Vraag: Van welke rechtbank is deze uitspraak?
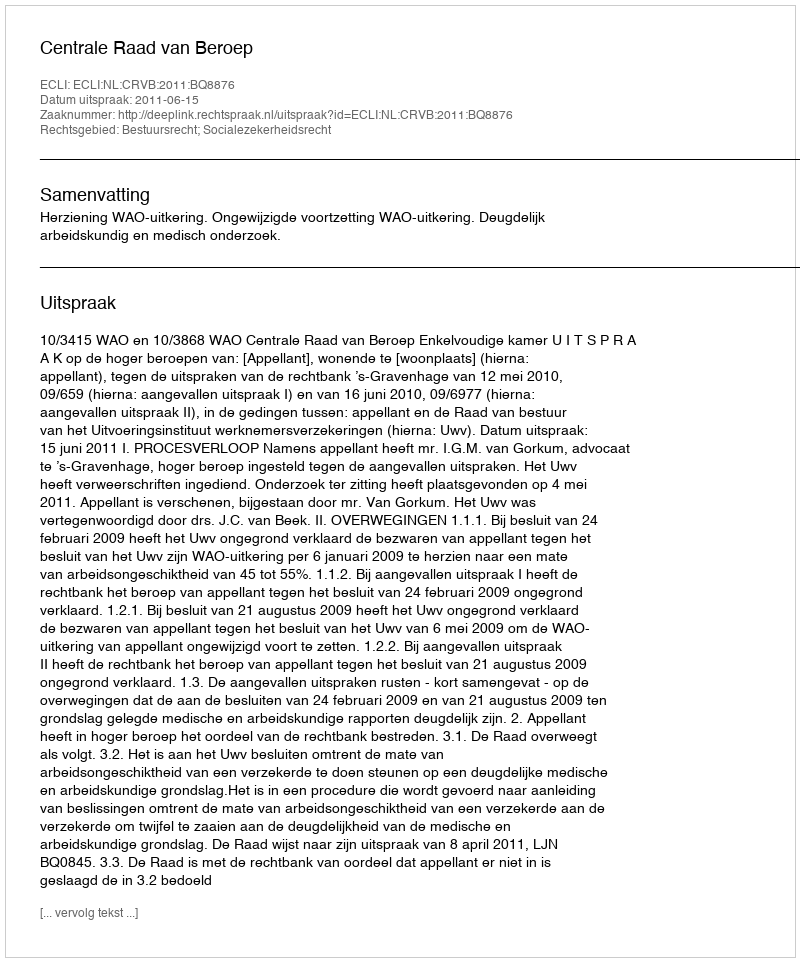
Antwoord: Centrale Raad van Beroep